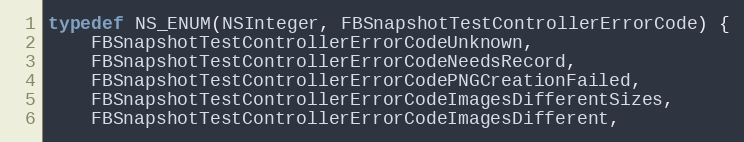
Language: C
typedef NS_ENUM(NSInteger, FBSnapshotTestControllerErrorCode) {
    FBSnapshotTestControllerErrorCodeUnknown,
    FBSnapshotTestControllerErrorCodeNeedsRecord,
    FBSnapshotTestControllerErrorCodePNGCreationFailed,
    FBSnapshotTestControllerErrorCodeImagesDifferentSizes,
    FBSnapshotTestControllerErrorCodeImagesDifferent,